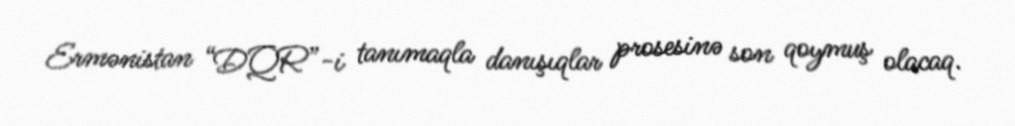
Ermənistan “DQR”-i tanımaqla danışıqlar prosesinə son qoymuş olacaq.